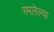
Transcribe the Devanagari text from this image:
रमलेल्या